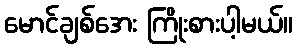
မောင်ချစ်အေး ကြိုးစားပါ့မယ်။